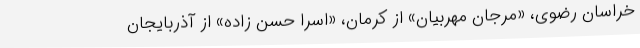
خراسان رضوی، «مرجان مهربیان» از کرمان، «اسرا حسن زاده» از آذربایجان